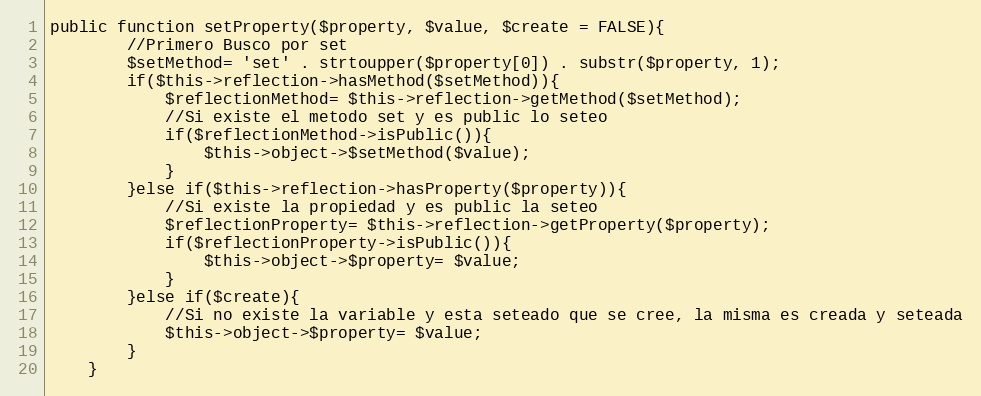
Language: PHP
public function setProperty($property, $value, $create = FALSE){
        //Primero Busco por set
        $setMethod= 'set' . strtoupper($property[0]) . substr($property, 1);
        if($this->reflection->hasMethod($setMethod)){
            $reflectionMethod= $this->reflection->getMethod($setMethod);
            //Si existe el metodo set y es public lo seteo
            if($reflectionMethod->isPublic()){
                $this->object->$setMethod($value);
            }
        }else if($this->reflection->hasProperty($property)){
            //Si existe la propiedad y es public la seteo
            $reflectionProperty= $this->reflection->getProperty($property);
            if($reflectionProperty->isPublic()){
                $this->object->$property= $value;
            }
        }else if($create){
            //Si no existe la variable y esta seteado que se cree, la misma es creada y seteada
            $this->object->$property= $value;
        }
    }